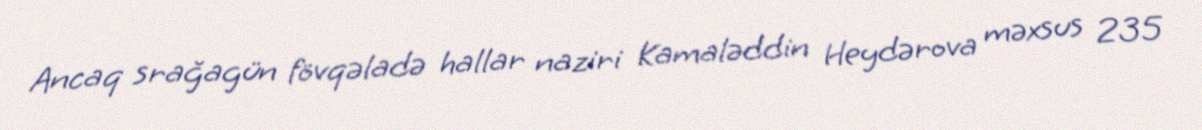
Ancaq srağagün fövqəladə hallar naziri Kamaləddin Heydərova məxsus 235